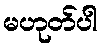
မဟုတ်ပါ